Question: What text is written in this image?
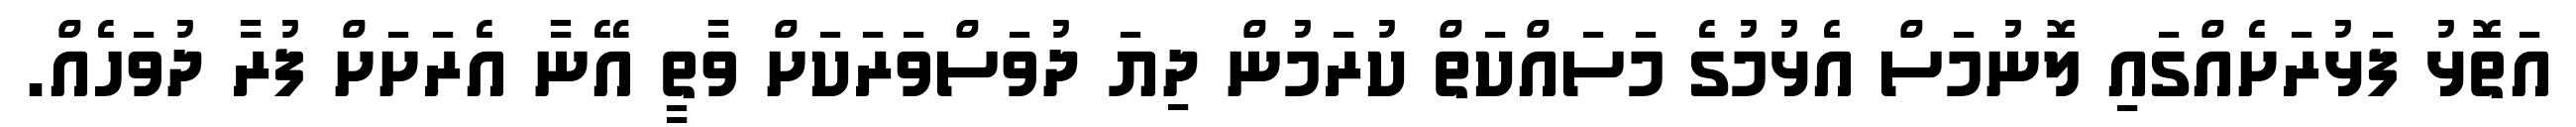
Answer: އަތޮޅު ފަޅުރަށެއްގައި ލޮނުމަސް އެޅުމުގެ މަސައްކަތް ކުރަމުން ދިޔަ ދުވަސްވަރަކަށް ވާތީ އޭނާ އެރަށަށް ފުރާ ދުވަހެއް.